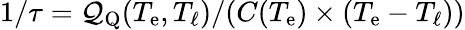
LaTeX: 1/\tau=\mathcal{Q}_{\mathrm{Q}}(T_{\mathrm{e}},T_{\ell})/(C(T_{\mathrm{e}})\times(T_{\mathrm{e}}-T_{\ell}))